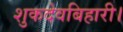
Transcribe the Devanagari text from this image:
शुकदेवबिहारी।